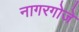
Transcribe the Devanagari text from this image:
नागरगोजे